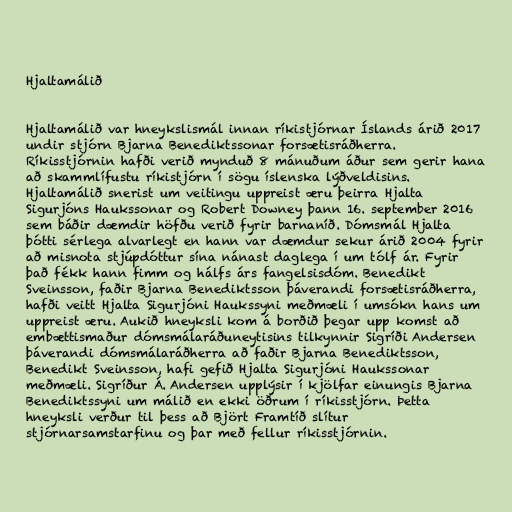
Hjaltamálið

Hjaltamálið var hneykslismál innan ríkistjórnar Íslands árið 2017
undir stjórn Bjarna Benediktssonar forsætisráðherra.
Ríkisstjórnin hafði verið mynduð 8 mánuðum áður sem gerir hana
að skammlífustu ríkistjórn í sögu íslenska lýðveldisins.
Hjaltamálið snerist um veitingu uppreist æru þeirra Hjalta
Sigurjóns Haukssonar og Robert Downey þann 16. september 2016
sem báðir dæmdir höfðu verið fyrir barnaníð. Dómsmál Hjalta
þótti sérlega alvarlegt en hann var dæmdur sekur árið 2004 fyrir
að misnota stjúpdóttur sína nánast daglega í um tólf ár. Fyrir
það fékk hann fimm og hálfs árs fangelsisdóm. Benedikt
Sveinsson, faðir Bjarna Benediktsson þáverandi forsætisráðherra,
hafði veitt Hjalta Sigurjóni Haukssyni meðmæli í umsókn hans um
uppreist æru. Aukið hneyksli kom á borðið þegar upp komst að
embættismaður dómsmálaráðuneytisins tilkynnir Sigríði Andersen
þáverandi dómsmálaráðherra að faðir Bjarna Benediktsson,
Benedikt Sveinsson, hafi gefið Hjalta Sigurjóni Haukssonar
meðmæli. Sigríður Á. Andersen upplýsir í kjölfar einungis Bjarna
Benediktssyni um málið en ekki öðrum í ríkisstjórn. Þetta
hneyksli verður til þess að Björt Framtíð slítur
stjórnarsamstarfinu og þar með fellur ríkisstjórnin.